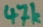
Text: 47k